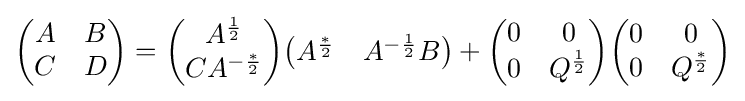
{\begin{pmatrix}A&B\\C&D\end{pmatrix}}={\begin{pmatrix}A^{\frac {1}{2}}\\CA^{-{\frac {*}{2}}}\end{pmatrix}}{\begin{pmatrix}A^{\frac {*}{2}}&A^{-{\frac {1}{2}}}B\end{pmatrix}}+{\begin{pmatrix}0&0\\0&Q^{\frac {1}{2}}\end{pmatrix}}{\begin{pmatrix}0&0\\0&Q^{\frac {*}{2}}\end{pmatrix}}